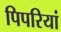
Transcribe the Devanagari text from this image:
पिपरियां